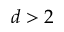
d > 2